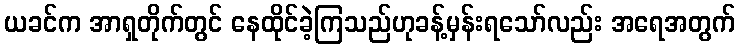
ယခင်က အာရှတိုက်တွင် နေထိုင်ခဲ့ကြသည်ဟုခန့်မှန်းရသော်လည်း အရေအတွက်